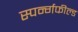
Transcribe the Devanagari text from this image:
स्पर्न्गफील्ड